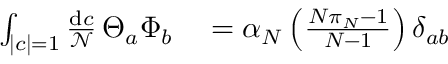
\begin{array} { r l } { \int _ { | c | = 1 } { \frac { \mathrm { d } c } { \mathcal { N } } } \, \Theta _ { a } \Phi _ { b } } & { { } = \alpha _ { N } \left( { \frac { N \pi _ { N } - 1 } { N - 1 } } \right) \delta _ { a b } } \end{array}